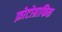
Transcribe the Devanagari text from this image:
फ़ोटोग्राफिक